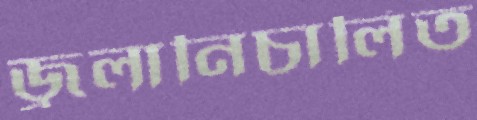
জ্বলানিচালিত